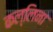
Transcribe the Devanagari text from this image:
कल्लिना